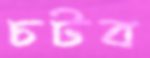
চটব